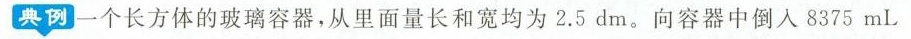
典例一个长方体的玻璃容器，从里面量长和宽均为2.5dm。向容器中倒入8375mL